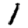
Digit: 1